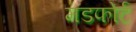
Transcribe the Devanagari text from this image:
मडफोर्ट